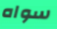
سواه